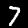
Label: 7